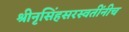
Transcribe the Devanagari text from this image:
श्रीनृसिंहसरस्वतींनीच